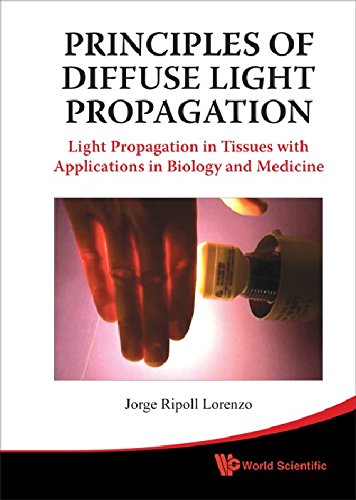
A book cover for Principles of Diffuse Light Propagation: Light Propagation in Tissues with Applications in Biology and Medicine; Jorge Ripoll Lorenzo; Science & Math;